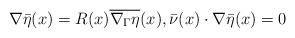
LaTeX: \begin{align*} \nabla\bar{\eta}(x) = R(x)\overline{\nabla_\Gamma\eta}(x), \bar{\nu}(x)\cdot\nabla\bar{\eta}(x) = 0 \end{align*}